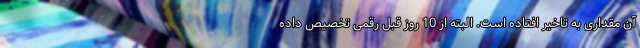
آن مقداری به تاخیر افتاده است. البته از 10 روز قبل رقمی تخصیص داده